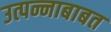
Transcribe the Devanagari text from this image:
उत्पन्नाबाबत